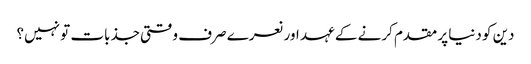
دین کو دنیا پر مقدم کرنے کے عہد اور نعرے صرف وقتی جذبات تو نہیں؟